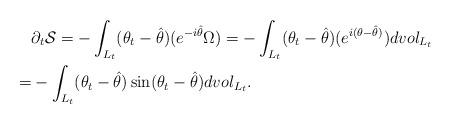
LaTeX: \begin{align*}& \partial_t \mathcal{S}= -\int_{L_t} (\theta_t- \hat{\theta}) (e^{-i\hat{\theta}}\Omega)= - \int_{L_t} (\theta_t- \hat{\theta}) (e^{i(\theta-\hat{\theta})} )dvol_{L_t}\\=& - \int_{L_t} (\theta_t-\hat{\theta}) \sin(\theta_t-\hat{\theta}) dvol_{L_t}.\end{align*}